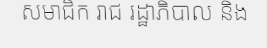
សមាជិក រាជ រដ្ឋាភិបាល និង